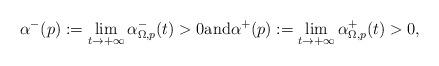
LaTeX: \begin{align*}\alpha^-(p):=\lim_{t\to +\infty}\alpha^-_{\Omega,p}(t)>0\mathrm{and}\alpha^+(p):=\lim_{t\to +\infty}\alpha^+_{\Omega,p}(t)>0,\end{align*}